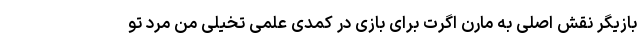
بازیگر نقش اصلی به مارن اگرت برای بازی در کمدی علمی تخیلی من مرد تو